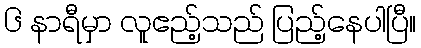
၆ နာရီမှာ လူဧည့်သည် ပြည့်နေပါပြီ။